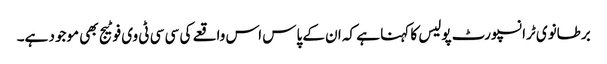
برطانوی ٹرانسپورٹ پولیس کا کہنا ہے کہ ان کے پاس اس واقعے کی سی سی ٹی وی فوٹیج بھی موجود ہے۔